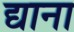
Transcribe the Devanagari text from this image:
द्याना